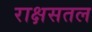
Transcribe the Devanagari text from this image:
राक्षसतल